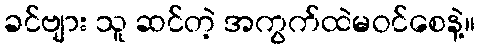
ခင်ဗျား သူ ဆင်တဲ့ အကွက်ထဲမဝင်စေနဲ့။